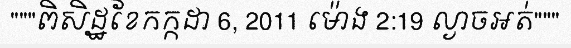
"""ពិសិដ្ឋខែកក្កដា 6, 2011 ម៉ោង 2:19 ល្ងាចអត់"""